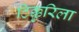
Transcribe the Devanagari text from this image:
टिक्कुरिला